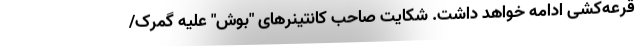
قرعه‌کشی ادامه خواهد داشت. شکایت صاحب کانتینرهای "بوش" علیه گمرک/